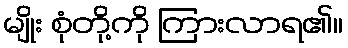
မျိုး စုံတို့ကို ကြားလာရ၏။